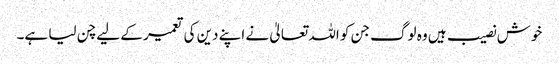
خوش نصیب ہیں وہ لوگ جن کو اللہ تعالیٰ نے اپنے دین کی تعمیر کے لیے چن لیا ہے۔